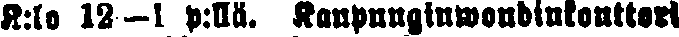
K:lo 12—1 p:llä. Kaupunginwoudinkonttori